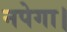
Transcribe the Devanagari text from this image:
नपेगा।